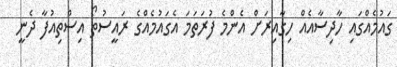
ގައުމެއްގައި ހާދިސާއެއް ހިގާއިރަށް އެންމެ ފުރަތަމަ އެގައުމެއްގެ ރައީސުތޯ އިސްތިއުފާ ދެނީ